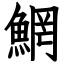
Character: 䱩